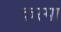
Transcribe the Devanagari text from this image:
कस्पा